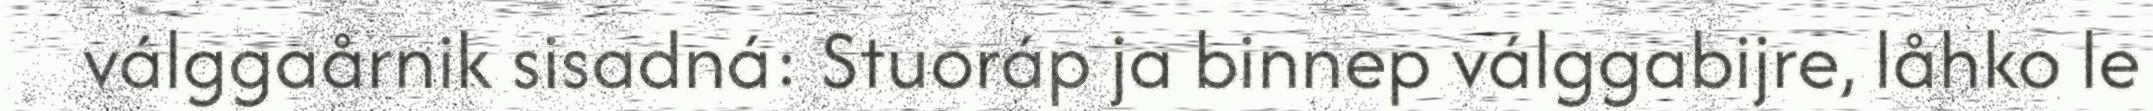
válggaårnik sisadná: Stuoráp ja binnep válggabijre, låhko le